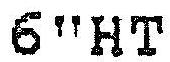
6"HT